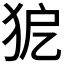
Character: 𤝤